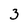
Character: 3